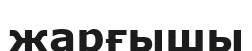
жарғышы